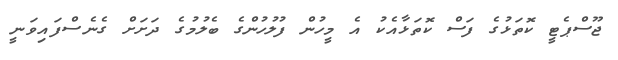
ޖޫސްޕެޓީ ކޮތަޅުގެ ފަސް ކޮތަޅާއެކު އެ މީހުން ފުލުހުންގެ ބެލުމުގެ ދަށަށް ގެނެސްފައިވަނީ